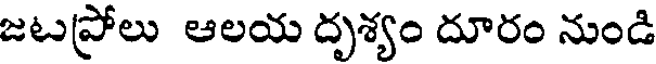
జటప్రోలు ఆలయ దృశ్యం దూరం నుండి